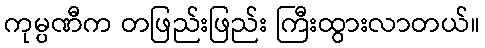
ကုမ္ပဏီက တဖြည်းဖြည်း ကြီးထွားလာတယ်။